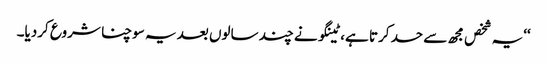
‘‘یہ شخص مجھ سے حسد کرتا ہے، ٹینگو نے چند سالوں بعد یہ سوچنا شروع کردیا۔